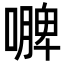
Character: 𭋐